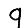
Digit: 9